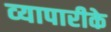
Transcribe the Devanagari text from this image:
व्‍यापारीके